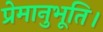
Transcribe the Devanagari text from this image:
प्रेमानुभूति।